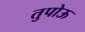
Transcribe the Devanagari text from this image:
तुपोऊ